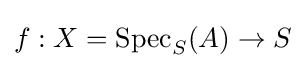
f:X=\operatorname {Spec} _{S}(A)\to S